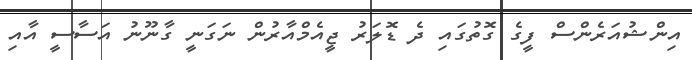
އިންޝުއަރެންސް ފީގެ ގޮތުގައި ދެ ޑޮލަރު ޖީއެމްއާރުން ނަގަނީ ގާނޫނު އަސާސީ އާއި